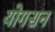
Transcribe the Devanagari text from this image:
योगसन